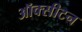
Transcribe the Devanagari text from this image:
ऑक्सीटन